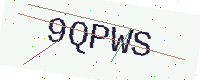
Text: 9QPWS